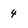
Character: 4